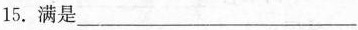
15.满是___